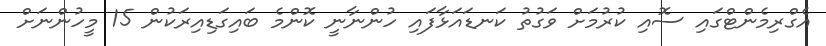
އެގްރިމެންޓްގައި ސޮއި ކުރުމަށް ވަގުތު ކަނޑައަޅާފައި ހުންނާނީ ކޮންމެ ބައިގަޑިއިރަކުން 15 މީހުންނަށް